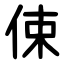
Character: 㑛